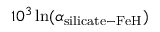
1 0 ^ { 3 } \ln ( \alpha _ { \mathrm { s i l i c a t e - F e H } } )